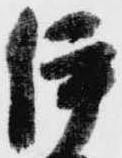
伊